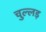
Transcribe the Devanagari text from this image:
चुल्लड़